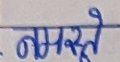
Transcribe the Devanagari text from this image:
नमस्ते